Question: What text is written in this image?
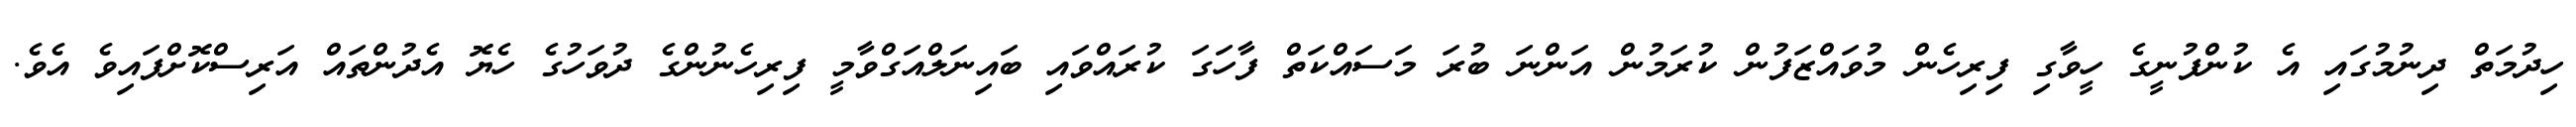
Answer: ހިދުމަތް ދިނުމުގައި އެ ކުންފުނީގެ ހީވާގި ފިރިހެން މުވައްޒަފުން ކުރަމުން އަންނަ ބުރަ މަސައްކަތް ފާހަގަ ކުރައްވައި ބައިނަލްއަގްވާމީ ފިރިހެނުންގެ ދުވަހުގެ ހެޔޮ އެދުންތައް އަރިސްކޮށްފައިވެ އެވެ.